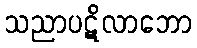
သညာပဋိလာဘော